Document type: Barter
Year: 1304
Scribe: Pere Pometa
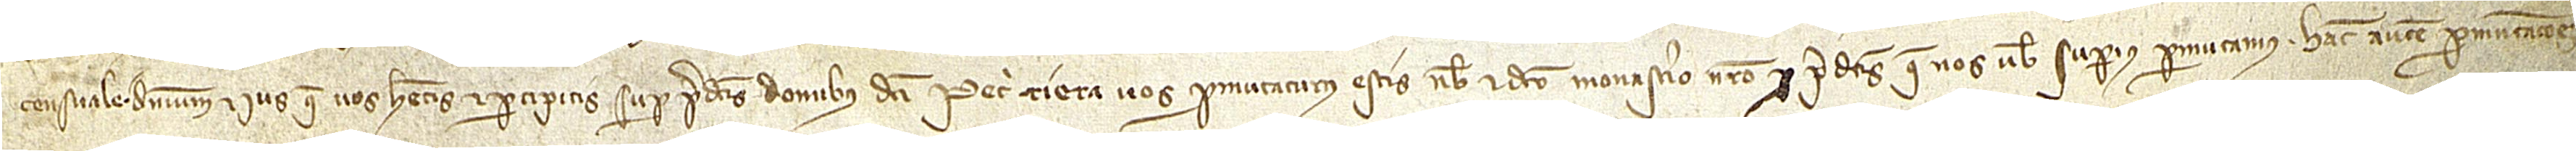
censuale, dominium et ius que vos habetis et percipitis super predictis domibus dicti Petri Riera vos permutaturus estis nobis et dicto monasterio nostro pro predictis que nos vobis superius permutamus. Hanc autem permutacionem